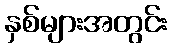
နှစ်များအတွင်း